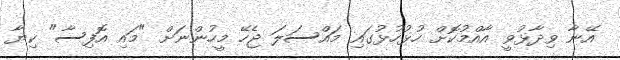
އޭނާ ވިދާޅުވީ އާއްމުކޮށް ހުޅުހުޅުގައި މައްސަލަ ޖެހޭ މީހުންނަށް "މައި އޮފިސާ" ކިޔާ